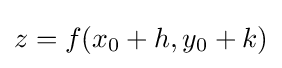
z=f(x_{0}+h,y_{0}+k)